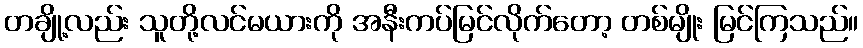
တချို့လည်း သူတို့လင်မယားကို အနီးကပ်မြင်လိုက်တော့ တစ်မျိုး မြင်ကြသည်။